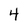
Character: 4